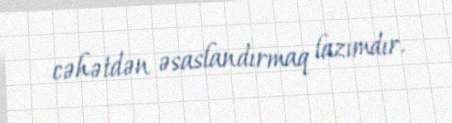
cəhətdən əsaslandırmaq lazımdır.